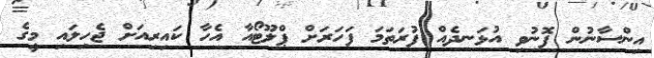
އިންސާނުން ފޮނުވި އުޅަނދެއް ފުރަތަމަ ފަހަރަށް ޕްލޫޓޯއާ އެހާ ކައިރިއަށް ޖެހިލައި މީގެ